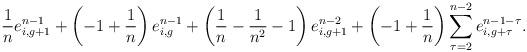
LaTeX: \begin{align*}\frac{1}{n} e^{n-1}_{i,g+1} + \left(-1+\frac{1}{n}\right)e_{i,g}^{n-1}+\left(\frac{1}{n}-\frac{1}{n^2}-1\right)e_{i,g+1}^{n-2}+\left(-1+\frac{1}{n}\right)\sum_{\tau=2}^{n-2}e_{i,g+\tau}^{n-1-\tau} .\end{align*}